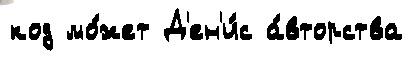
код мо́жет Д'ен'и́с а́вторства